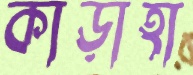
কাড়াহা